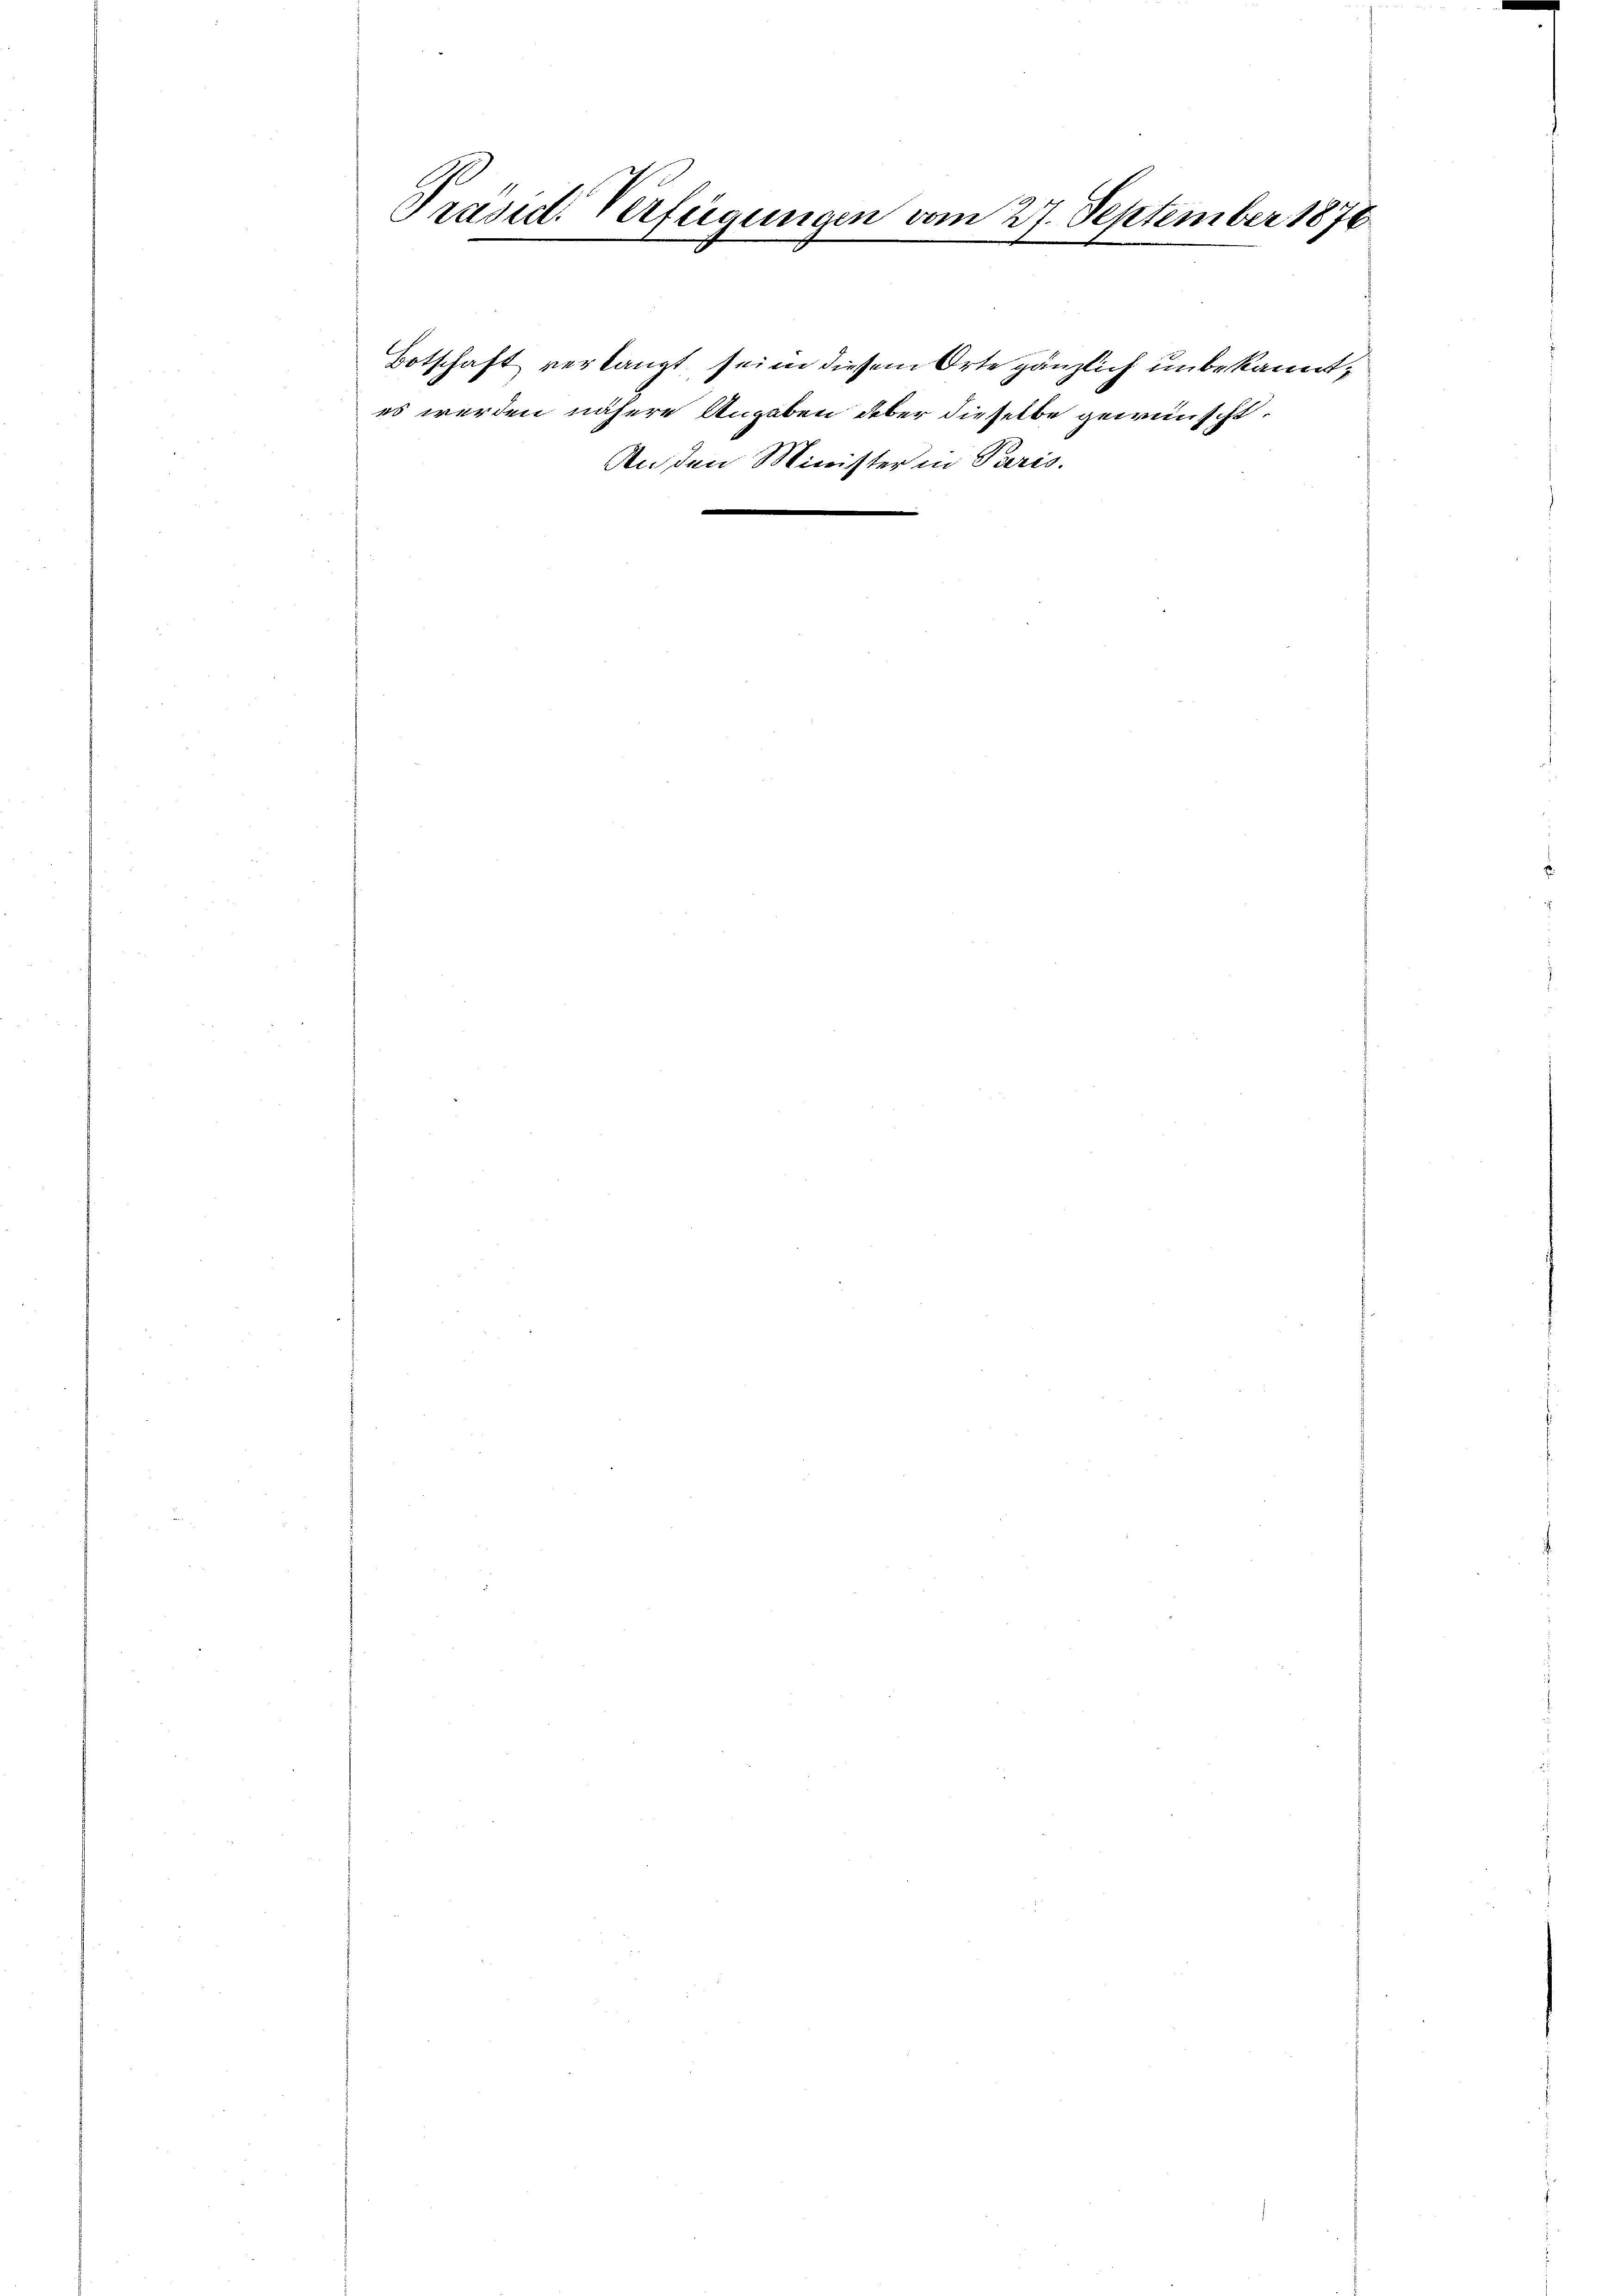
Präsid. Verfügungen vom 27. September 1876.
7

Botschaft verlangt sein diesem Orte gänzlich unbekannt,
es werden nähere Angaben über dieselbe gewünscht
An den Minister in Paris.